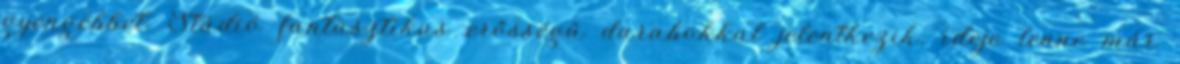
gyengébbet. Stúdió fantasztikus erősségű darabokkal jelentkezik, ideje lenne már